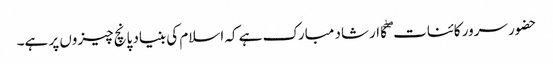
حضور سرور کائنات ۖکا ارشاد مبارک ہے کہ اسلام کی بنیاد پانچ چیزوں پر ہے۔